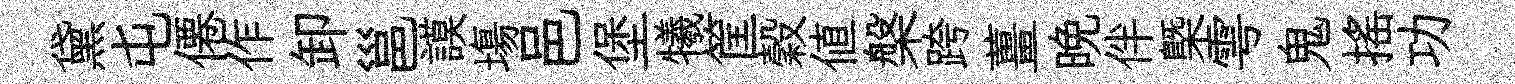
黛屯僊作卸邕謨塲邑堡犧筐穀值槃跨薑晩伴㮣雩鬼揺功